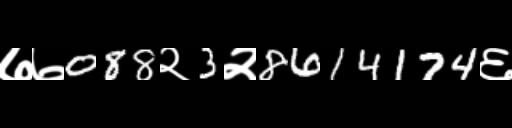
Text: ७७088२3२8614174६